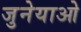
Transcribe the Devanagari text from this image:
जुनेयाओ